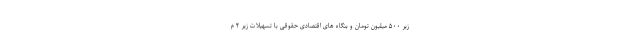
زیر ۵۰۰ میلیون تومان و بنگاه های اقتصادی حقوقی با تسهیلات زیر ۲ م